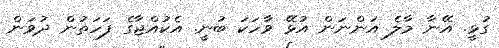
ގުޅީ. އޭނާ މާލެ އަންނަން އުޅޭ ވާހަކަ ބުނީ. އެކުއްޖާގެ ފަހަތުން ދުވަން